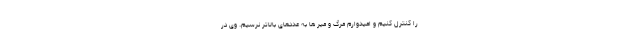
را کنترل کنیم و امیدوارم مرگ و میر ها به عددهای بالاتر نرسیم. وی در